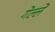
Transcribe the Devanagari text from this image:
गेल्लें